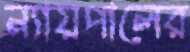
ন্যায়পালের